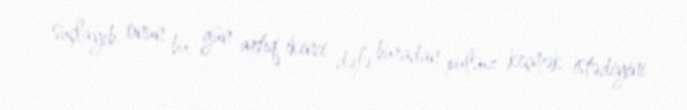
suçlayıb, onun bu gün artıq ikinci dəfə buradan pulsuz keçmək istədiyini